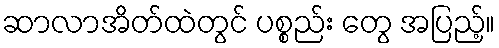
ဆာလာအိတ်ထဲတွင် ပစ္စည်း တွေ အပြည့်။